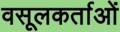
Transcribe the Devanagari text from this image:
वसूलकर्ताओं